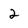
Character: 2